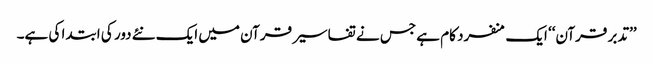
’’تدبر قرآن‘‘ ایک منفرد کام ہے جس نے تفاسیر قرآن میں ایک نئے دور کی ابتدا کی ہے۔